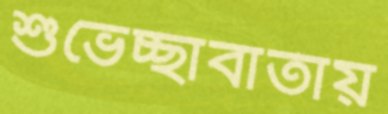
শুভেচ্ছাবার্তায়